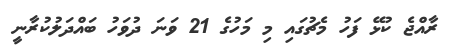
ރާއްޖެ ކުޅޭ ފަހު މެޗުގައި މި މަހުގެ 21 ވަނަ ދުވަހު ބައްދަލުކުރާނީ